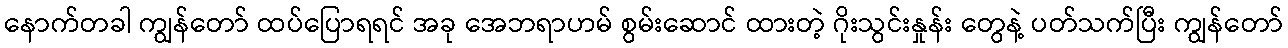
နောက်တခါ ကျွန်တော် ထပ်ပြောရရင် အခု အေဘရာဟမ် စွမ်းဆောင် ထားတဲ့ ဂိုးသွင်းနှုန်း တွေနဲ့ ပတ်သက်ပြီး ကျွန်တော်